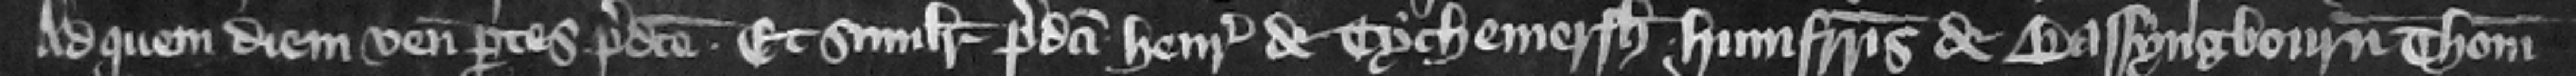
Ad quem diem veniunt partes predicte et similiter predicti Henricus de Tychemersh Humfridus de Bassyngbourn Thomas